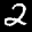
Label: 2